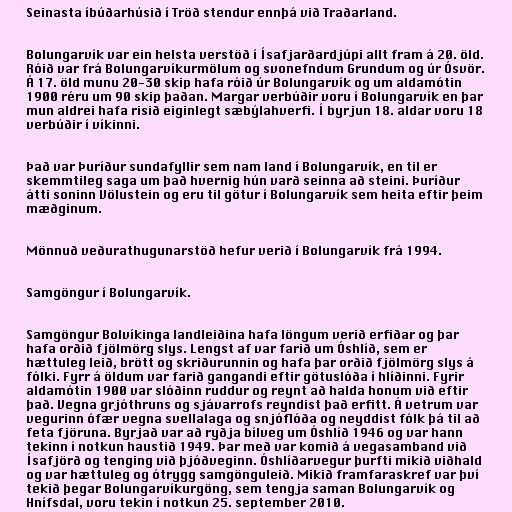
Seinasta íbúðarhúsið í Tröð stendur ennþá við Traðarland.

Bolungarvík var ein helsta verstöð í Ísafjarðardjúpi allt fram á 20. öld.
Róið var frá Bolungarvíkurmölum og svonefndum Grundum og úr Ósvör.
Á 17. öld munu 20-30 skip hafa róið úr Bolungarvík og um aldamótin
1900 réru um 90 skip þaðan. Margar verbúðir voru í Bolungarvík en þar
mun aldrei hafa risið eiginlegt sæbýlahverfi. Í byrjun 18. aldar voru 18
verbúðir í víkinni.

Það var Þuríður sundafyllir sem nam land í Bolungarvík, en til er
skemmtileg saga um það hvernig hún varð seinna að steini. Þuríður
átti soninn Völustein og eru til götur í Bolungarvík sem heita eftir þeim
mæðginum.

Mönnuð veðurathugunarstöð hefur verið í Bolungarvík frá 1994.

Samgöngur í Bolungarvík.

Samgöngur Bolvíkinga landleiðina hafa löngum verið erfiðar og þar
hafa orðið fjölmörg slys. Lengst af var farið um Óshlíð, sem er
hættuleg leið, brött og skriðurunnin og hafa þar orðið fjölmörg slys á
fólki. Fyrr á öldum var farið gangandi eftir götuslóða í hlíðinni. Fyrir
aldamótin 1900 var slóðinn ruddur og reynt að halda honum við eftir
það. Vegna grjóthruns og sjávarrofs reyndist það erfitt. Á vetrum var
vegurinn ófær vegna svellalaga og snjóflóða og neyddist fólk þá til að
feta fjöruna. Byrjað var að ryðja bílveg um Óshlíð 1946 og var hann
tekinn í notkun haustið 1949. Þar með var komið á vegasamband við
Ísafjörð og tenging við þjóðveginn. Óshlíðarvegur þurfti mikið viðhald
og var hættuleg og ótrygg samgönguleið. Mikið framfaraskref var því
tekið þegar Bolungarvíkurgöng, sem tengja saman Bolungarvík og
Hnífsdal, voru tekin í notkun 25. september 2010.